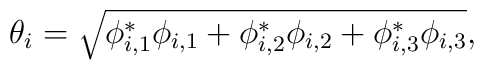
\theta_i = \sqrt{\phi_{i,1}^*\phi_{i,1} + \phi_{i,2}^*\phi_{i,2}+\phi_{i,3}^*\phi_{i,3}},